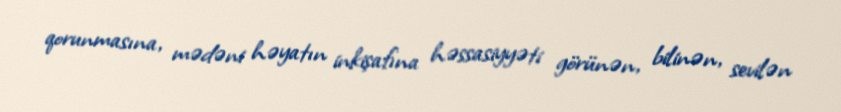
qorunmasına, mədəni həyatın inkişafına həssasiyyəti görünən, bilinən, sevilən